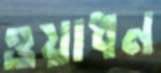
ওয়াধন